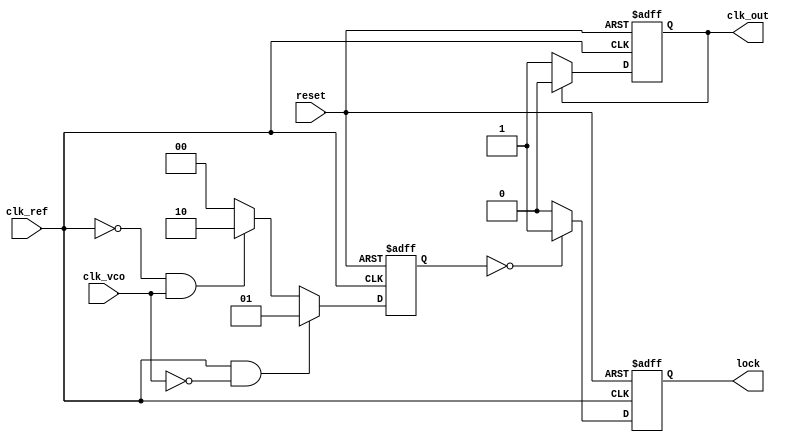
module MemoryBlocksAnalogPLL (
    input wire clk_ref,            // Reference clock input
    input wire clk_vco,            // VCO output clock
    input wire reset,              // Asynchronous reset
    output reg clk_out,            // Output clock from PLL
    output reg lock                // Lock indication
);

    // Phase Detector
    reg [1:0] phase_error; // Phase error signal
    always @(posedge clk_ref or posedge reset) begin
        if (reset) begin
            phase_error <= 2'b00;
        end else begin
            // Simple phase detector logic
            // Compare phase of clk_ref and clk_vco
            if (clk_ref && ~clk_vco) begin
                phase_error <= 2'b01; // Phase is leading
            end else if (~clk_ref && clk_vco) begin
                phase_error <= 2'b10; // Phase is lagging
            end else begin
                phase_error <= 2'b00; // Aligned
            end
        end
    end

    // Loop Filter
    reg [7:0] filter_output; // Output of the loop filter
    always @(posedge clk_ref or posedge reset) begin
        if (reset) begin
            filter_output <= 8'b0;
        end else begin
            // Simple proportional loop filter
            case (phase_error)
                2'b01: filter_output <= filter_output + 1; // Adjust VCO up
                2'b10: filter_output <= filter_output - 1; // Adjust VCO down
                default: filter_output <= filter_output; // No change
            endcase
        end
    end

    // Voltage-Controlled Oscillator (VCO)
    reg [7:0] vco_frequency; // VCO frequency control word
    always @(posedge clk_ref or posedge reset) begin
        if (reset) begin
            vco_frequency <= 8'b0;
            clk_out <= 0;
            lock <= 0;
        end else begin
            // Update VCO frequency based on loop filter output
            vco_frequency <= filter_output;

            // Generate output clock based on VCO frequency
            // This is a simplified clock generation logic
            clk_out <= (clk_out == 1'b0) ? 1'b1 : 1'b0; // Toggle output for simplicity

            // Lock condition check
            lock <= (phase_error == 2'b00) ? 1'b1 : 1'b0;
        end
    end

endmodule